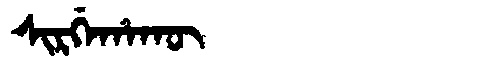
Manchu: ᠰᡳᡵᡤᡝᡥᠠᡴᡡ
Romanization: SIRGEHAKŪ